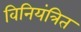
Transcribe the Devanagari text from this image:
विनियंत्रित